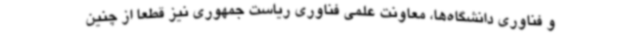
و فناوری دانشگاه‌ها، معاونت علمی فناوری ریاست جمهوری نیز قطعا از چنین